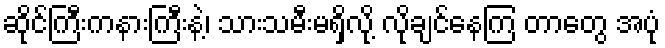
ဆိုင်ကြီးကနားကြီးနဲ့၊ သားသမီးမရှိလို့ လိုချင်နေကြ တာတွေ အပုံ